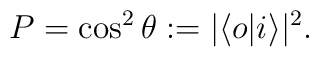
P=\cos^2 \theta := |\langle o |i\rangle|^2\/.